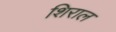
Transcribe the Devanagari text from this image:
शिराल